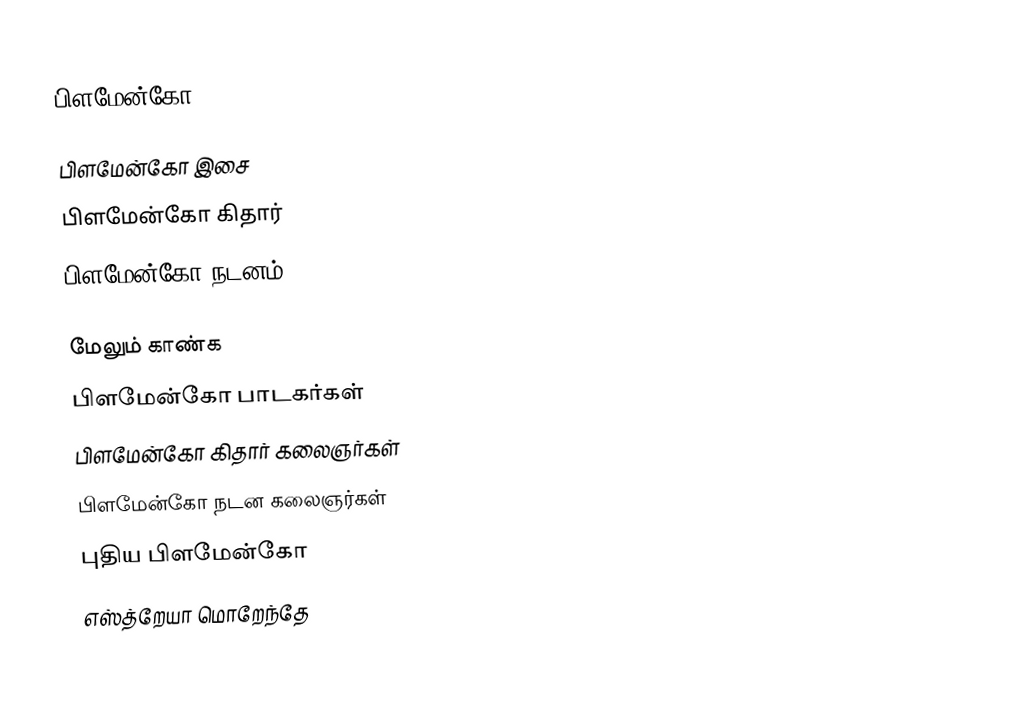
பிளமேன்கோ:

பிளமேன்கோ இசை
பிளமேன்கோ கிதார்
 பிளமேன்கோ நடனம்

மேலும் காண்க
 பிளமேன்கோ பாடகர்கள்
 பிளமேன்கோ கிதார் கலைஞர்கள்
 பிளமேன்கோ நடன கலைஞர்கள்
 புதிய பிளமேன்கோ
 எஸ்த்றேயா மொறேந்தே